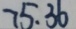
7 5 . 3 6